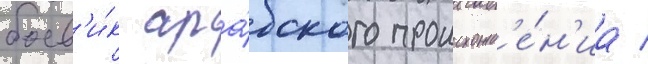
боев'и́к ара́бского происхожд'е́н'иа /